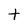
Character: t